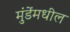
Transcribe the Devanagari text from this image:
मुंडेंमधील